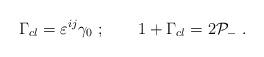
LaTeX: \begin{align*}\Gamma_{cl}=\varepsilon^{ij}\gamma_0\ ;\qquad 1+\Gamma_{cl}=2{\cal P}_-\ .\end{align*}